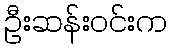
ဦးဆန်းဝင်းက